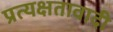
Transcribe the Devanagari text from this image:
प्रत्यक्षतावादी